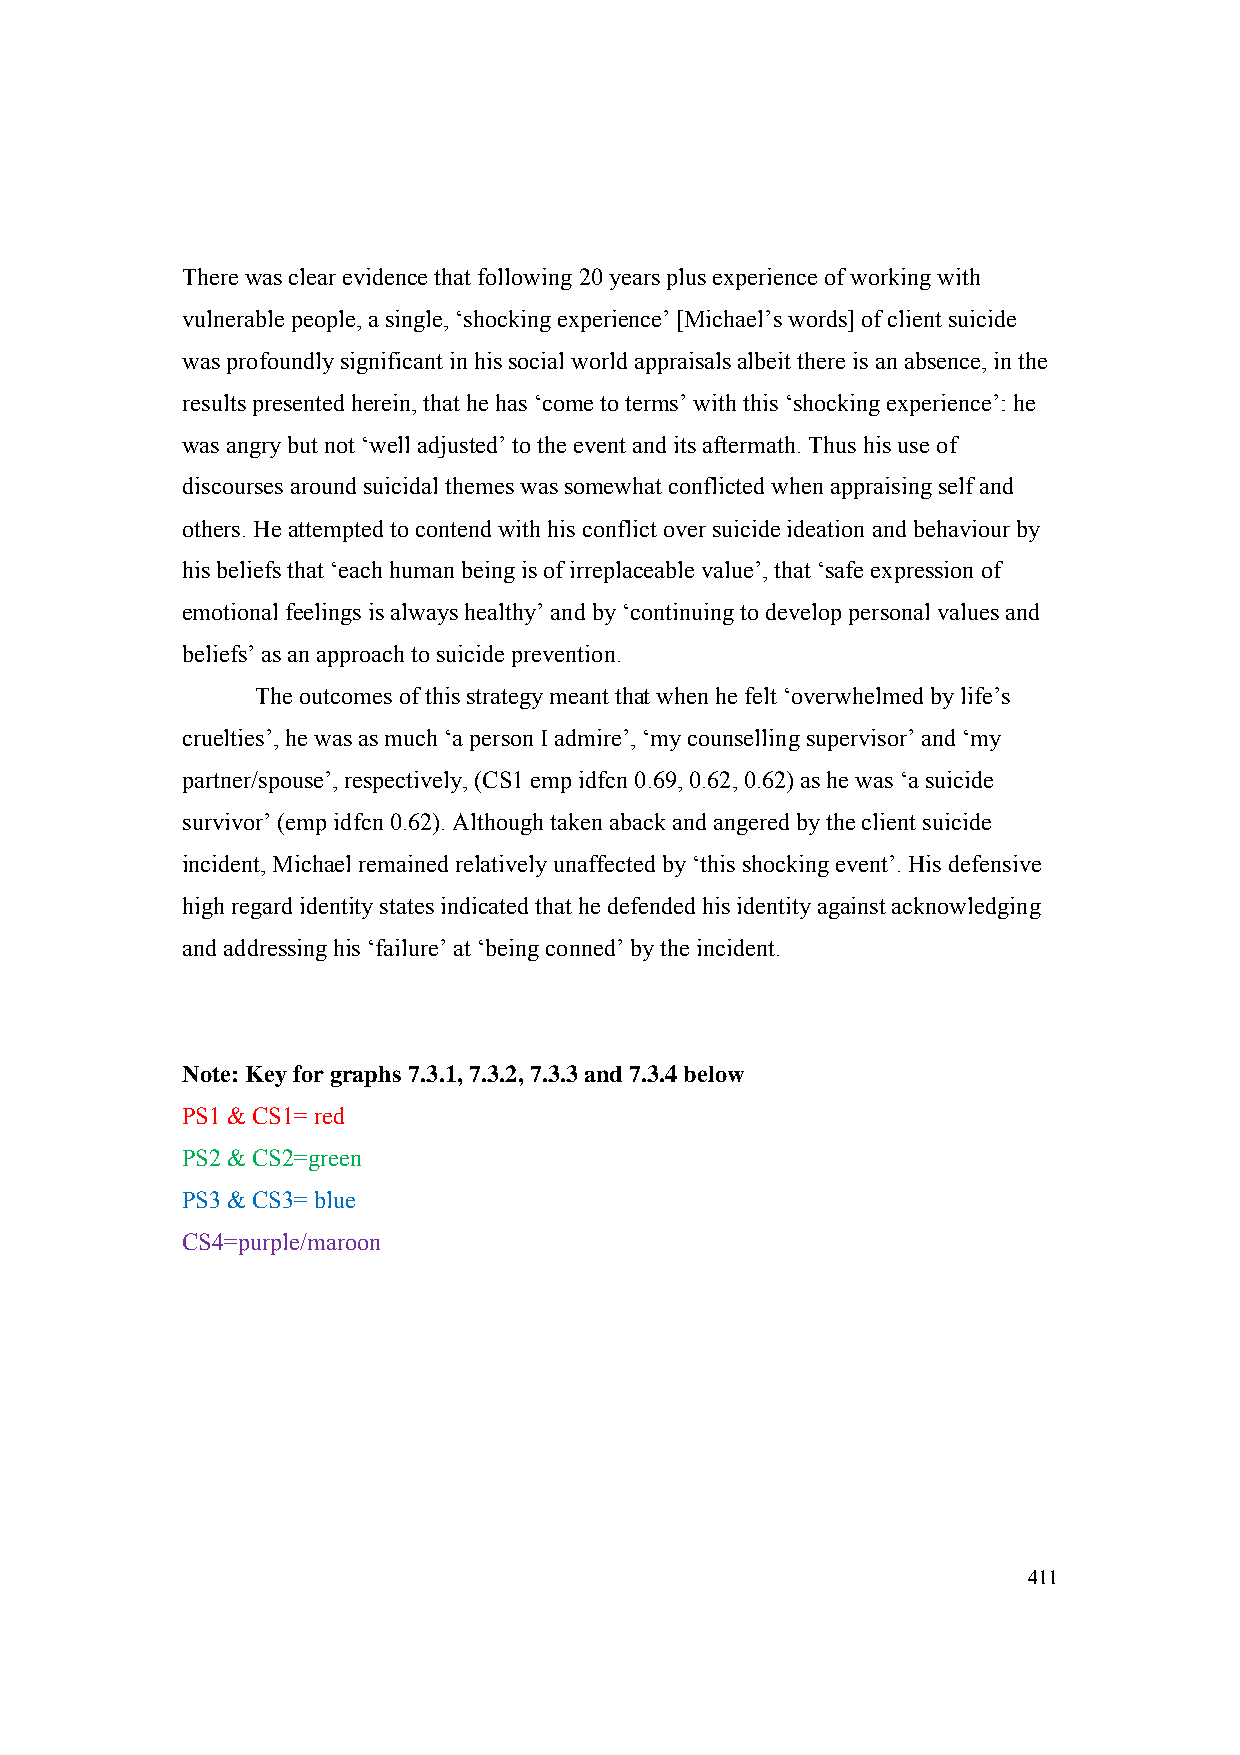
There was clear evidence that following 20 years plus experience of working with
 vulnerable people, a single, ‘shocking experience’ [Michael’s words] of client suicide
 was profoundly significant in his social world appraisals albeit there is an absence, in the
 results presented herein, that he has ‘come to terms’ with this ‘shocking experience’: he
 was angry but not ‘well adjusted’ to the event and its aftermath. Thus his use of
 discourses around suicidal themes was somewhat conflicted when appraising self and
 others. He attempted to contend with his conflict over suicide ideation and behaviour by
 his beliefs that ‘each human being is of irreplaceable value’, that ‘safe expression of
 emotional feelings is always healthy’ and by ‘continuing to develop personal values and
 beliefs’ as an approach to suicide prevention.
 The outcomes of this strategy meant that when he felt ‘overwhelmed by life’s
 cruelties’, he was as much ‘a person I admire’, ‘my counselling supervisor’ and ‘my
 partner/spouse’, respectively, (CS1 emp idfcn 0.69, 0.62, 0.62) as he was ‘a suicide
 survivor’ (emp idfcn 0.62). Although taken aback and angered by the client suicide
 incident, Michael remained relatively unaffected by ‘this shocking event’. His defensive
 high regard identity states indicated that he defended his identity against acknowledging
 and addressing his ‘failure’ at ‘being conned’ by the incident.
 Note: Key for graphs 7.3.1, 7.3.2, 7.3.3 and 7.3.4 below
 PS1 & CS1= red
 PS2 & CS2=green
 PS3 & CS3= blue
 CS4=purple/maroon
 411